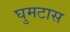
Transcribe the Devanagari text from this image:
घुमटास